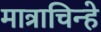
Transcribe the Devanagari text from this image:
मात्राचिन्हे